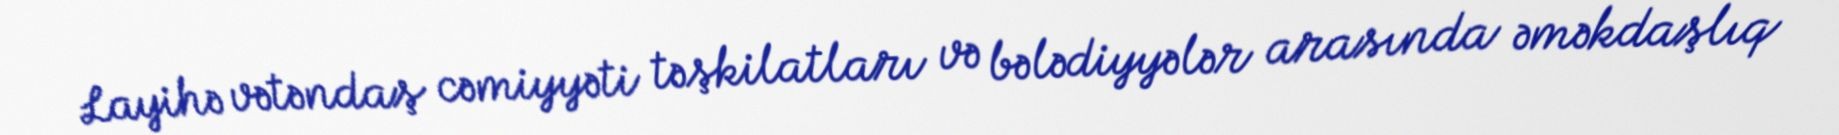
Layihə vətəndaş cəmiyyəti təşkilatları və bələdiyyələr arasında əməkdaşlıq